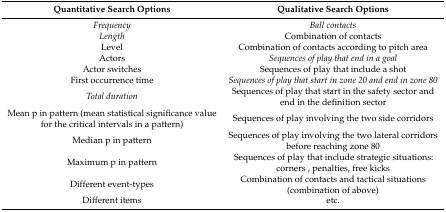
| Quantitative Search Options | Qualitative Search Options |
 | --- | --- |
 | Frequency | Ball contacts |
 | Length | Combination of contacts |
 | Level | Combination of contacts according to pitch area |
 | Actors | Sequences of play that end in a goal |
 | Actor switches | Sequences of play that include a shot |
 | First occurrence time | Sequences of play that start in zone 20 and end in zone 80 |
 | Total duration | Sequences of play that start in the safety sector and end in the definition sector |
 | Mean p in pattern (mean statistical significance value for the critical intervals in a pattern) | Sequences of play involving the two side corridors |
 | Median p in pattern | Sequences of play involving the two lateral corridors before reaching zone 80 |
 | Maximum p in pattern | Sequences of play that include strategic situations: corners , penalties, free kicks |
 | Different event-types | Combination of contacts and tactical situations (combination of above) |
 | Different items | etc. |